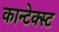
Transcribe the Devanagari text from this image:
कान्टेक्स्ट